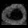
Digit: ၀